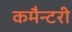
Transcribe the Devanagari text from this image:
कमैन्टरी